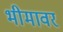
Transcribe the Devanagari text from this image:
भीमावर